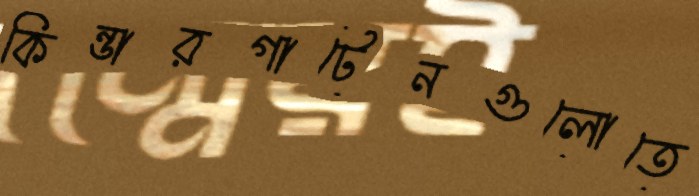
কিন্ডারগার্টেনগুলোতে